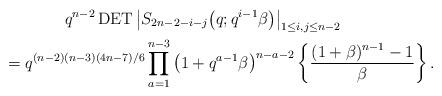
LaTeX: \begin{gather*} q^{n-2} \operatorname{DET} \big| S_{2n-2-i-j}\big(q; q^{i-1} \beta\big) \big|_{1 \le i,j \le n-2}\\ \qquad{}= q^{(n-2)(n-3)(4n-7)/6} \prod_{a=1}^{n-3}\big(1+q^{a-1} \beta\big)^{n-a-2}\left\{{(1+ \beta)^{n-1}-1 \over \beta} \right\}.\end{gather*}